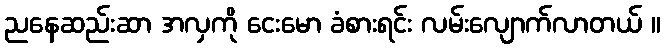
ညနေဆည်းဆာ အလှကို ငေးမော ခံစားရင်း လမ်းလျောက်လာတယ် ။